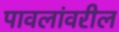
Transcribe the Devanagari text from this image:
पावलांवरील